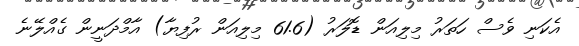
އެކަނި ވެސް ހަތަރު މިލިއަން ޑޮލަރު (61.6 މިލިއަން ރުފިޔާ) އާމްދަނީން ގެއްލޭނެ